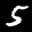
Label: 5